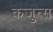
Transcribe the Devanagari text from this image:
कजुन्स